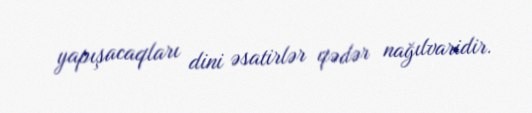
yapışacaqları dini əsatirlər qədər nağılvaridir.